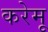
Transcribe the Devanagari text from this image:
करेमू